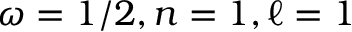
\omega = 1 / 2 , n = 1 , \ell = 1